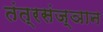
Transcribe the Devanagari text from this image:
तंत्रसंज्ञान